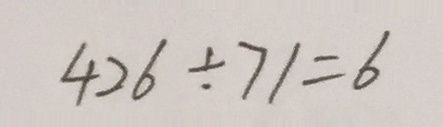
4 2 6 \div 7 1 = 6